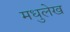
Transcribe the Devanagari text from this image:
मधुलेख